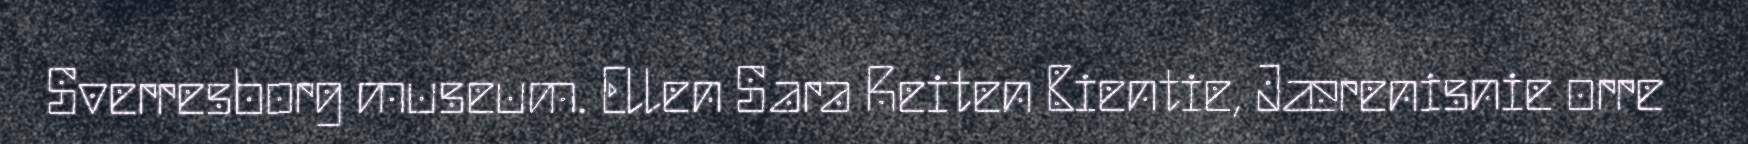
Sverresborg museum. Ellen Sara Reiten Bientie, Jærenisnie orre